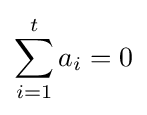
\sum _{i=1}^{t}a_{i}=0